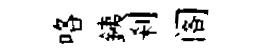
咯銕刹阁